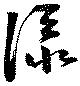
添